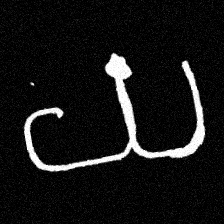
Pyu character \u2014 Myanmar letter: ယ (romanized: ya)